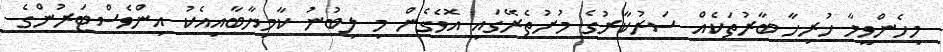
މިހެންވީމާ ހުރިހާ ބާރުތަކެއް ސަރުކާރުގެ މުށުތެރޭގައި އޮވެގެން މި ލިބުނު ކާމިޔާބާއިއެކު އިންވެސްޓަރުންގެ